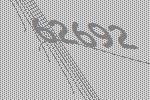
62692